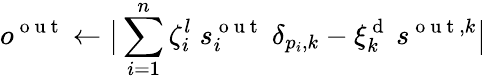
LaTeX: o^{\mathrm{~o~u~t~}}\gets\big\lvert\sum_{i=1}^{n}\zeta_{i}^{l}\; s_{i}^{\mathrm{~o~u~t~}}\; \delta_{p_{i},k}-\xi_{k}^{\mathrm{~d~}}\: s^{\mathrm{~o~u~t~},k}\big\rvert